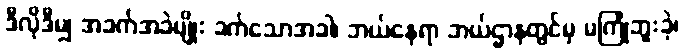
ဒီလိုဒီမျှ အခက်အခဲမျိုး ခက်သောအခါ၊ ဘယ်နေရာ ဘယ်ဌာနတွင်မှ မကြုံဘူးခဲ့၊